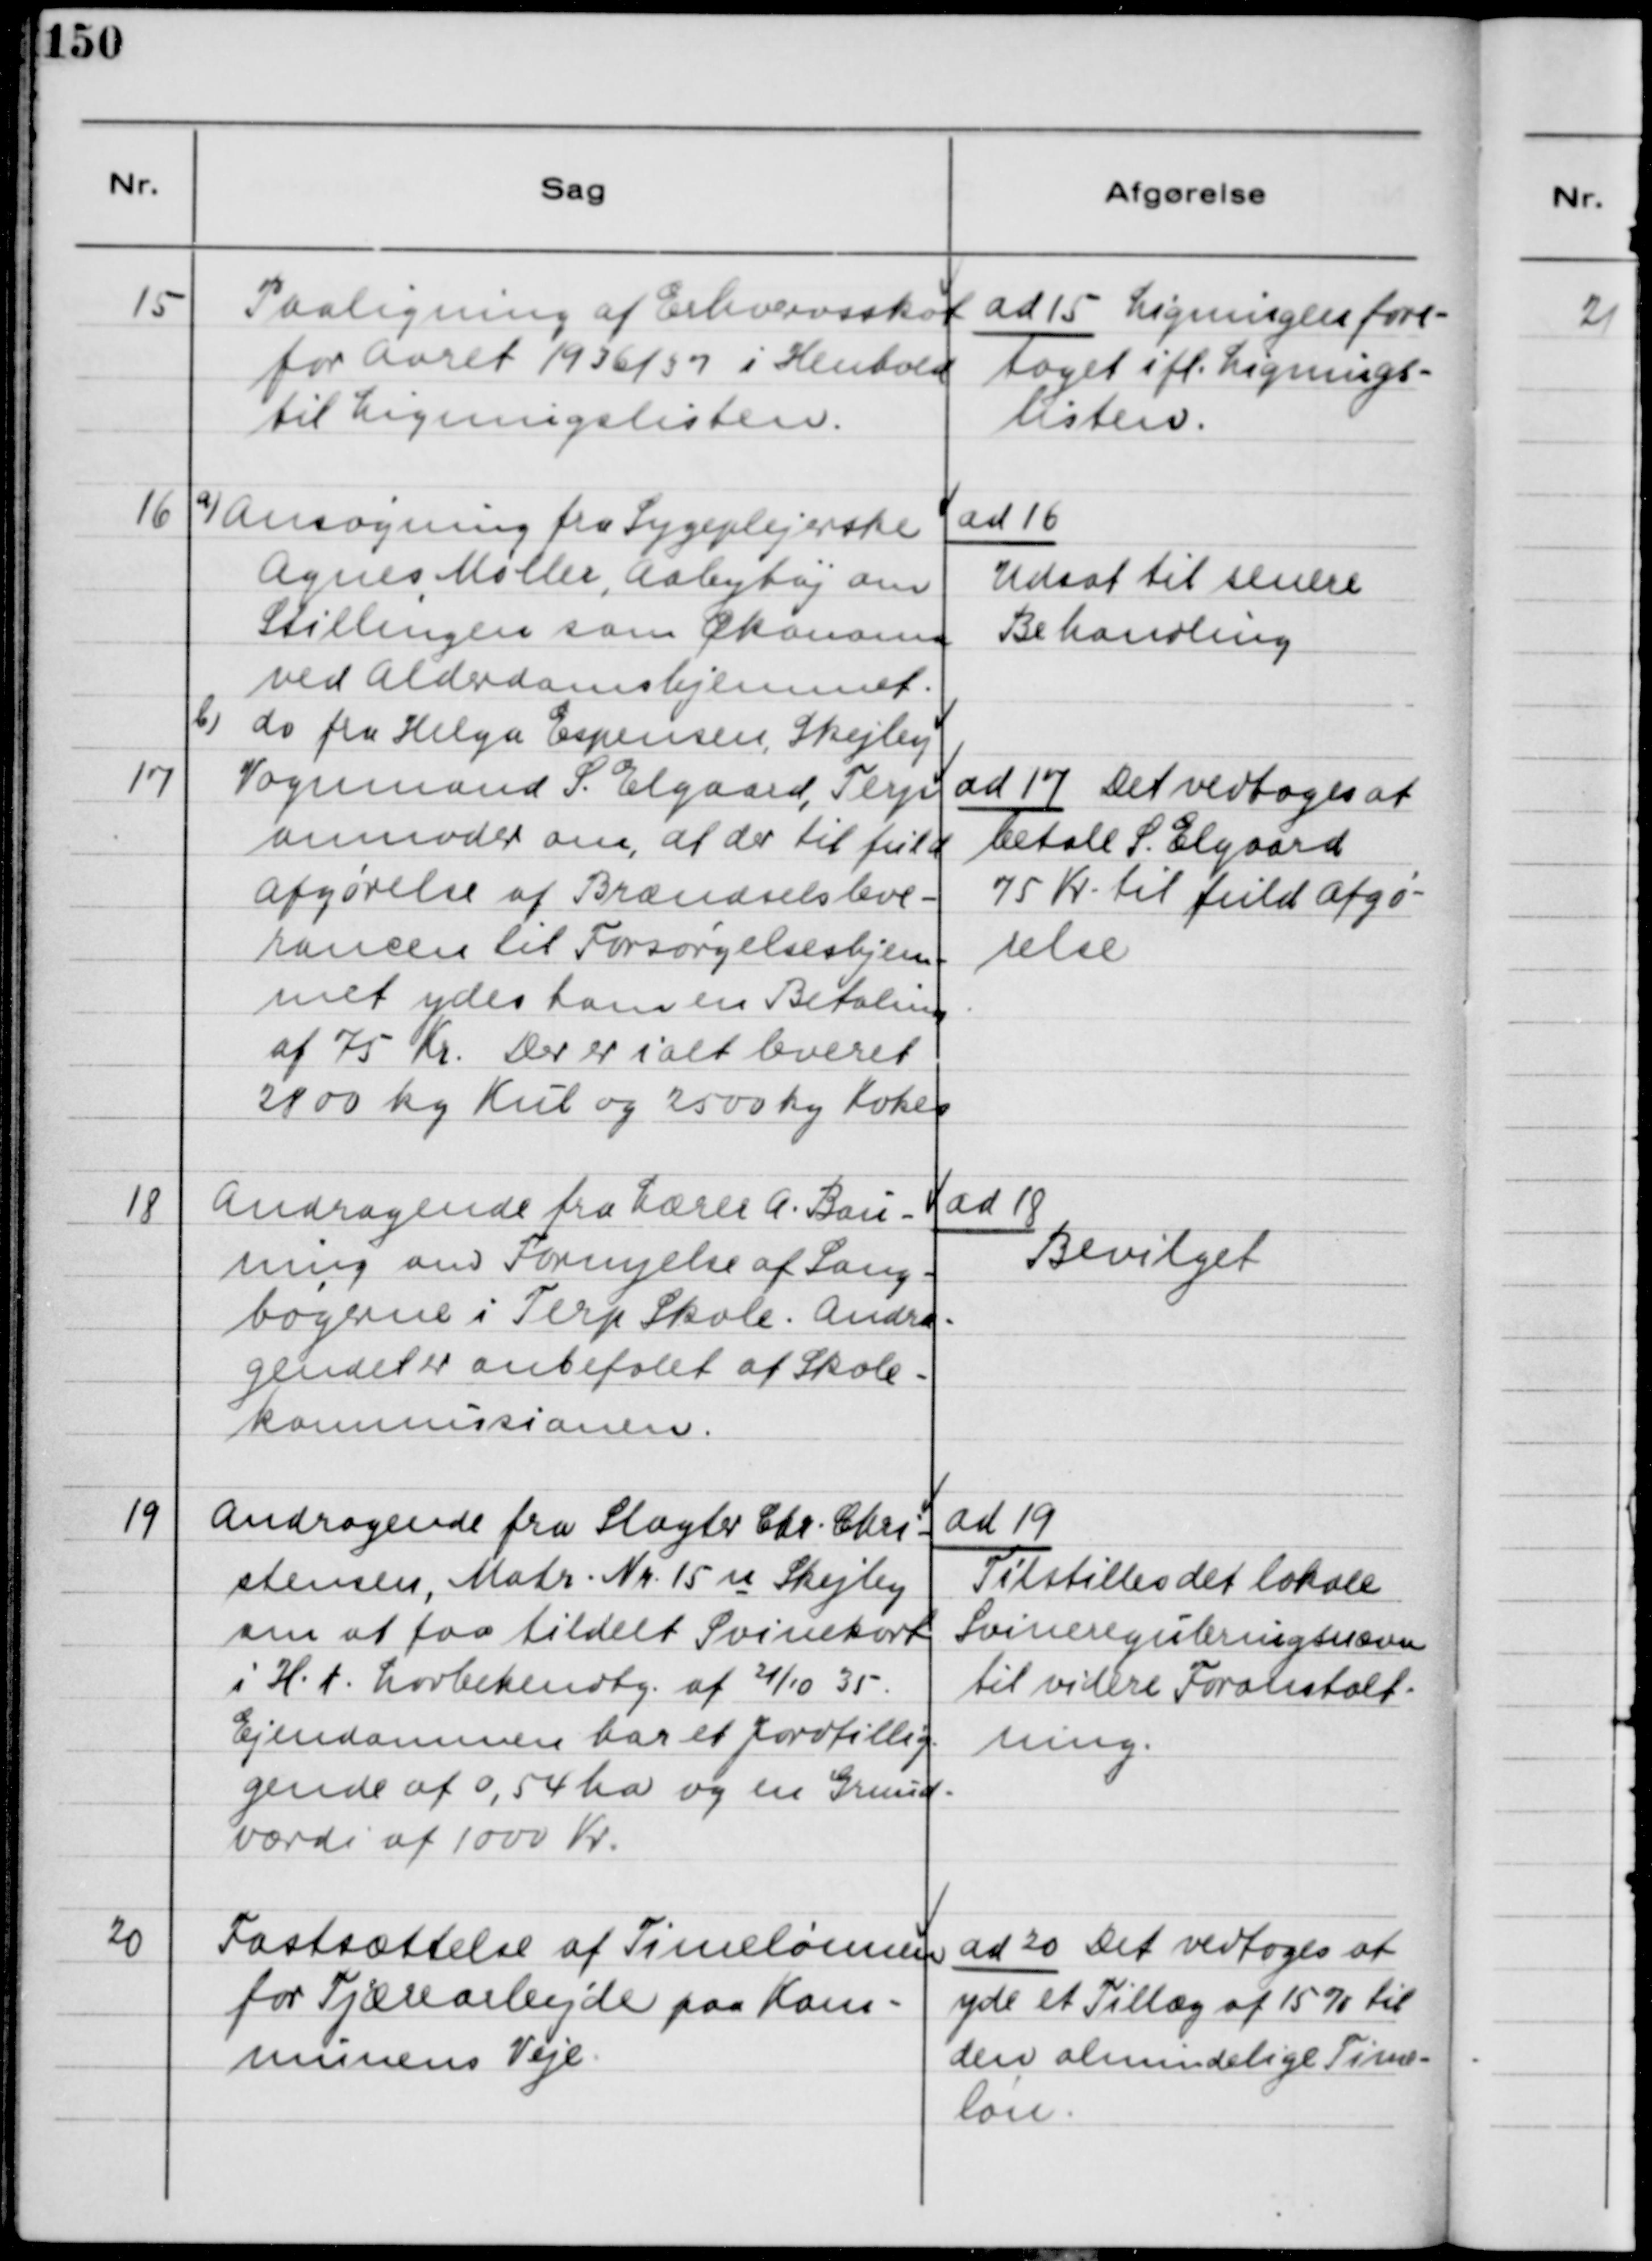
Transskription:
15
Paaligning af Erhvervsskat
for Aaret 1936/37 i Henhold
til Ligningslisten.
ad 15 Ligningen fore-
taget ifl. Lignings-
listen.
16
a) Ansøgning fra Sygeplejerske
Agnes Møller, Aabyhøj om
Stillingen som Økonoma
ved Alderdomshjemmet
b) do fra Helga Espensen, Skejby
ad 16
Udsat til senere
Behandling
17
Vognmand S. Elgaard, Terp
anmoder om, at der til fuld
Afgørelse af Brændselsleve-
rancen til Forsørgelseshjem-
met ydes ham en Betaling 
af 75 Kr. Der er ialt leveret
2800 Kg Kul og 2500 Kg Koks
ad 17 Det vedtoges at
betale S. Elgaard
75 Kr til fuld Afgø-
relse.
18
Andragende fra Lærer A. Bau-
ning om Fornyelse af Sang-
bøgerne i Terp Skole. Andra-
gendet er anbefalet af Skole-
Kommissionen.
ad 18
Bevilget
19
Andragende fra Slagter Chr. Chri-
stensen, Matr. Nr 15 u Skejby
om at faa tildelt Svinekort
i H.t. Lovbekendtg. af 21/10 35
Ejendommen har et Jordtillig-
gende af 0,54 ha og en Grund-
værdi af 1000 Kr.
ad 19
Tilstilles det lokale
Svinereguleringsnævn
til videre Foranstalt-
ning.
20
Fastsættelse af Timelønnen
for Tjærearbejde paa Kom-
munens Veje.
ad 20 Det vedtoges at
yde et Tillæg af 15% til
den almindelige Time-
løn.